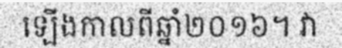
ឡើងកាលពីឆ្នាំ២០១៦។ វា